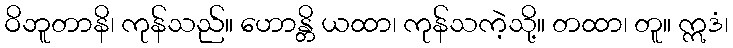
ဝိဘူတာနိ၊ ကုန်သည်။ ဟောန္တိ ယထာ၊ ကုန်သကဲ့သို့။ တထာ၊ တူ။ ဣဒံ၊